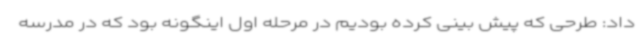
داد: طرحی که پیش بینی کرده بودیم در مرحله اول اینگونه بود که در مدرسه